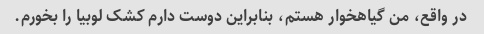
در واقع، من گیاهخوار هستم، بنابراین دوست دارم کشک لوبیا را بخورم.